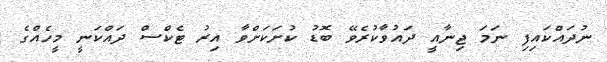
ނުދައްކައިފި ނަމަ ޖިނާއީ ދައުވާކުރެވޭ ބޮޑު ކުށަކަށްވާ އިރު ޓެކްސް ދައްކަނީ މީހެއްގެ